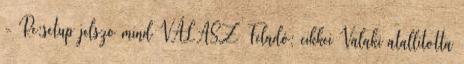
- Re:setup jelszo mind VÁLASZ Feladó: cikkei Valaki atallitotta